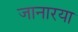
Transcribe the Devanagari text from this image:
जानारया